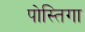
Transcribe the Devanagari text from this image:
पोस्तिगा